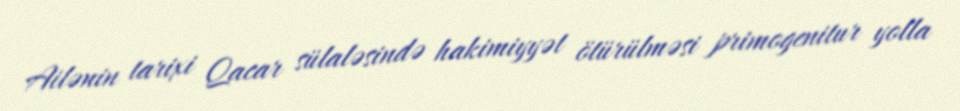
Ailənin tarixi Qacar sülaləsində hakimiyyət ötürülməsi primogenitur yolla